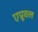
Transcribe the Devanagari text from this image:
एप्रूवल